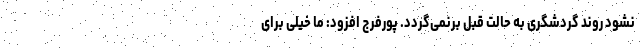
نشود روند گردشگری به حالت قبل برنمی‌گردد. پورفرج افزود: ما خیلی برای